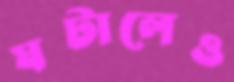
ঘটালেও